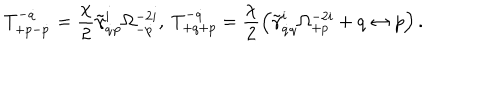
T _ { + p - \dot { p } } ^ { - \dot { q } } = \frac { \chi } { 2 } \tilde { \gamma } _ { \dot { q } p } ^ { i } \Omega _ { - \dot { p } } ^ { - 2 i } , \ T _ { + q + p } ^ { - \dot { q } } = \frac { \chi } { 2 } \left( \tilde { \gamma } _ { \dot { q } q } ^ { i } \Omega _ { + p } ^ { - 2 i } + q \leftrightarrow p \right) .